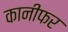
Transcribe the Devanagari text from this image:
कानीफर